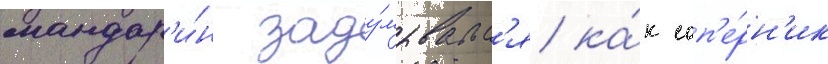
мандар'и́н заду́мывалс'я ка́к соп'е́рн'ик